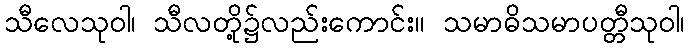
သီလေသုဝါ၊ သီလတို့၌လည်းကောင်း။ သမာဓိသမာပတ္တီသုဝါ၊